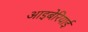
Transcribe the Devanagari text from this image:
आइबेरियाई